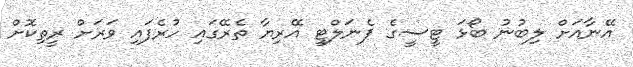
އޭނާއަށް ލިބުނު ބޯޅަ ޓީސީގެ ޕެނަލްޓީ އޭރިޔާ ތެރޭގައި ހުރެފައި ވަރަށް ރީތިކޮށް